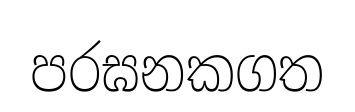
පරඝනකගත